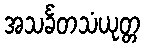
အသင်္ခတသံယုတ္တ